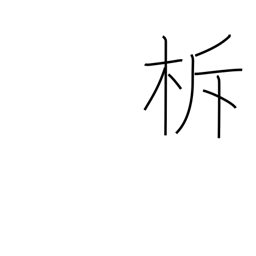
Meaning: sounding sticks